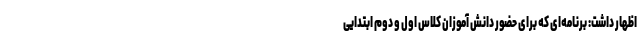
اظهار داشت: برنامه‌ای که برای حضور دانش آموزان کلاس اول و دوم ابتدایی